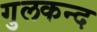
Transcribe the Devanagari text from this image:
गुलकन्द